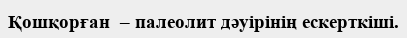
Қошқорған  – палеолит дәуірінің ескерткіші.